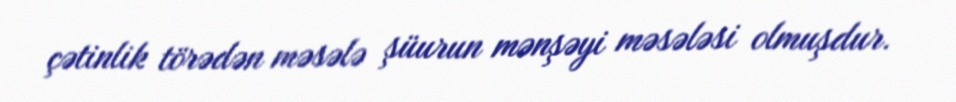
çətinlik törədən məsələ şüurun mənşəyi məsələsi olmuşdur.